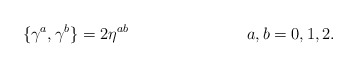
\begin{align*}\{\gamma^a ,\gamma^b\}=2\eta^{ab} \hspace{3cm} a,b=0,1,2.\end{align*}